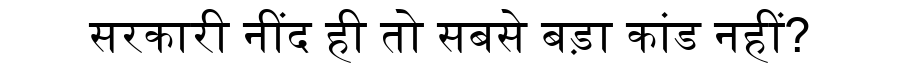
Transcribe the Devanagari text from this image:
सरकारी नींद ही तो सबसे बड़ा कांड नहीं?